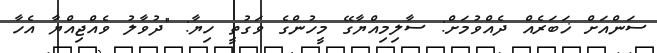
ސަންއަށް ޚަބަރެއް ދެއްވުމަށް: ސާލިމިއްޔާގޭ މީހުންގެ ވަގުތީ ހިޔާ: "ދުވާލު ވެއްޖިއްޔާ އެހާ